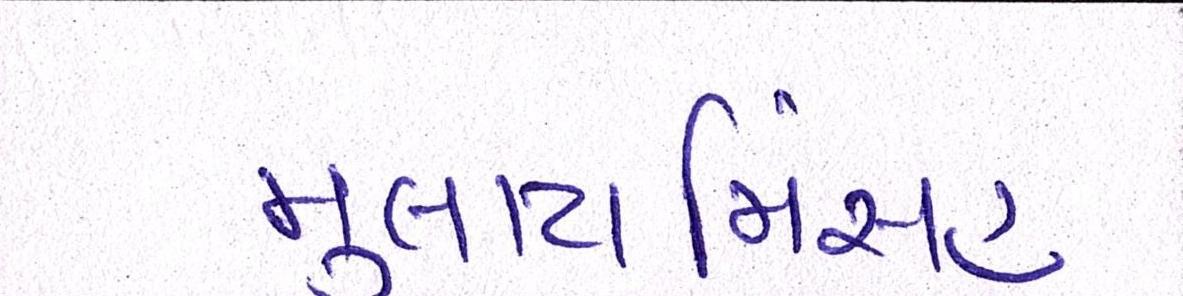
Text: મુલાયમિંસહ